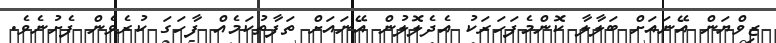
ޒިވްޔަން އޭނައަށް ބަލާލާ ކޮންމެފަހަރަކު އެދެލޮލުން އޭނައަށް ތަފާތުކަމެއް ފާހަގަ ކުރެވެން ފެށުނެވެ.